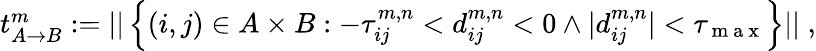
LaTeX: \begin{array}{r}{t_{A\rightarrow B}^{m}:=\vert\vert\left\{ (i,j)\in A\times B:-\tau_{ij}^{m,n}<d_{ij}^{m,n}<0\wedge\vert d_{ij}^{m,n}\vert<\tau_{\mathrm{~m~a~x~}}\right\} \vert\vert\; ,}\end{array}